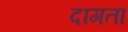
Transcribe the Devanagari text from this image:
दागता